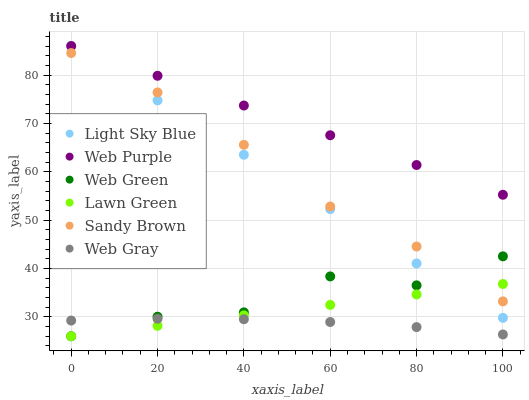
| xaxis_label | Light Sky Blue | Web Purple | Web Green | Lawn Green | Sandy Brown | Web Gray |
 | --- | --- | --- | --- | --- | --- | --- |
 | 0 | 86 | 86 | 26 | 26 | 84.5 | 29.2 |
 | 20 | 74.8 | 79.8 | 30 | 28.2 | 76.4 | 29.6 |
 | 40 | 63.5 | 73.7 | 30.9 | 30.3 | 65.6 | 29.5 |
 | 60 | 52.3 | 67.5 | 38.4 | 32.5 | 52.8 | 28.9 |
 | 80 | 41 | 61.4 | 36.5 | 34.6 | 44.5 | 27.9 |
 | 100 | 29.8 | 55.2 | 42.5 | 36.8 | 33.2 | 26.4 |